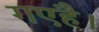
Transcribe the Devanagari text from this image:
गएहै।